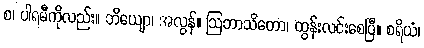
စ၊ ပါရမီကိုလည်း။ ဘိယျော၊ အလွန်။ ဩဘာသိတော၊ ထွန်းလင်းစေပြီ။ စရိယံ၊